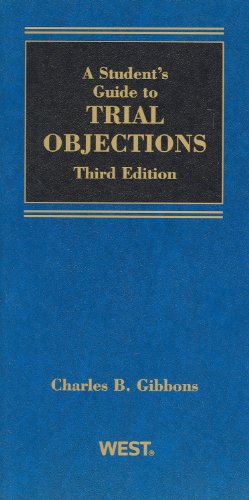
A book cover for A Student Guide to Trial Objections (Student Guides); Charles Gibbons; Law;